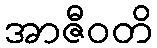
အာဇီဝတိ